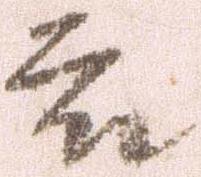
被